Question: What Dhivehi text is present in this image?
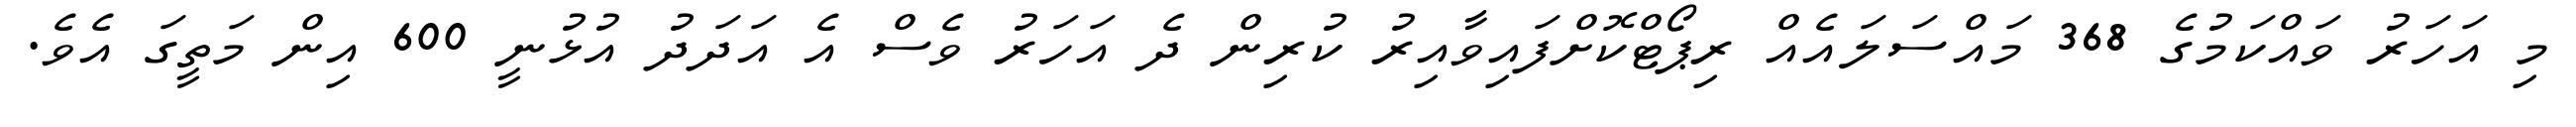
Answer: މި އަހަރު ވައްކަމުގެ 368 މައްސަލައެއް ރިޕޯޓްކޮށްފައިވާއިރު ކުރިން ދެ އަހަރު ވެސް އެ އަދަދު އުޅުނީ 600 އިން މަތީގަ އެވެ.